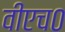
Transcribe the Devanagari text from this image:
वीएच०